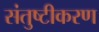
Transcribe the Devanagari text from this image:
संतुष्टीकरण